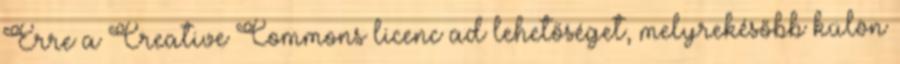
Erre a Creative Commons licenc ad lehetőséget, melyrekésőbb külön